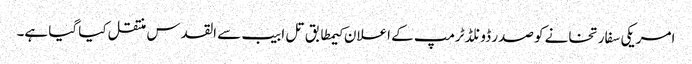
امریکی سفارتخانے کو صدر ڈونلڈ ٹرمپ کے اعلان کیمطابق تل ابیب سے القدس منتقل کیا گیا ہے۔